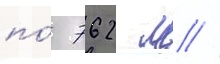
по́ 762 м //